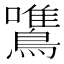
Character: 鷕